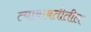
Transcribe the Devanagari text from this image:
त्‍याबाबतीतील